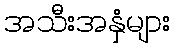
အသီးအနှံများ